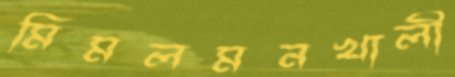
মিমলমনখালী